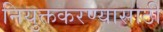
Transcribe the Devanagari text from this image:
नियुक्तकरण्यासाठी